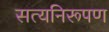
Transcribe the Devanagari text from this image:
सत्यनिरूपण